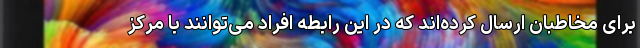
برای مخاطبان ارسال کرده‌اند که در این رابطه افراد می‌توانند با مرکز